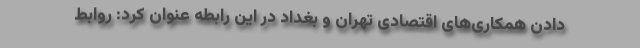
دادن همکاری‌های اقتصادی تهران و بغداد در این رابطه عنوان کرد: روابط